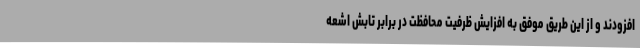
افزودند و از این طریق موفق به افزایش ظرفیت محافظت در برابر تابش اشعه